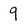
Character: 9